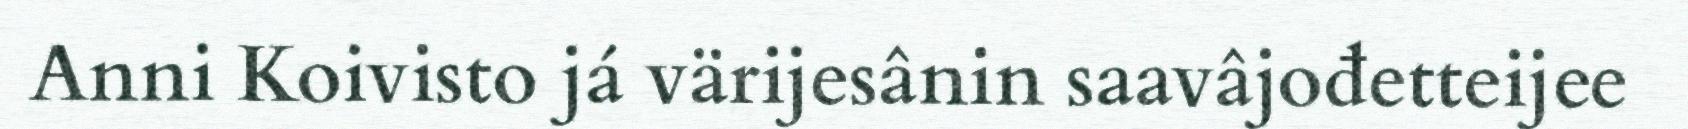
Anni Koivisto já värijesânin saavâjođetteijee